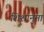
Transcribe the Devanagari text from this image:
शिशानुमा